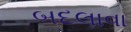
બદલાવા